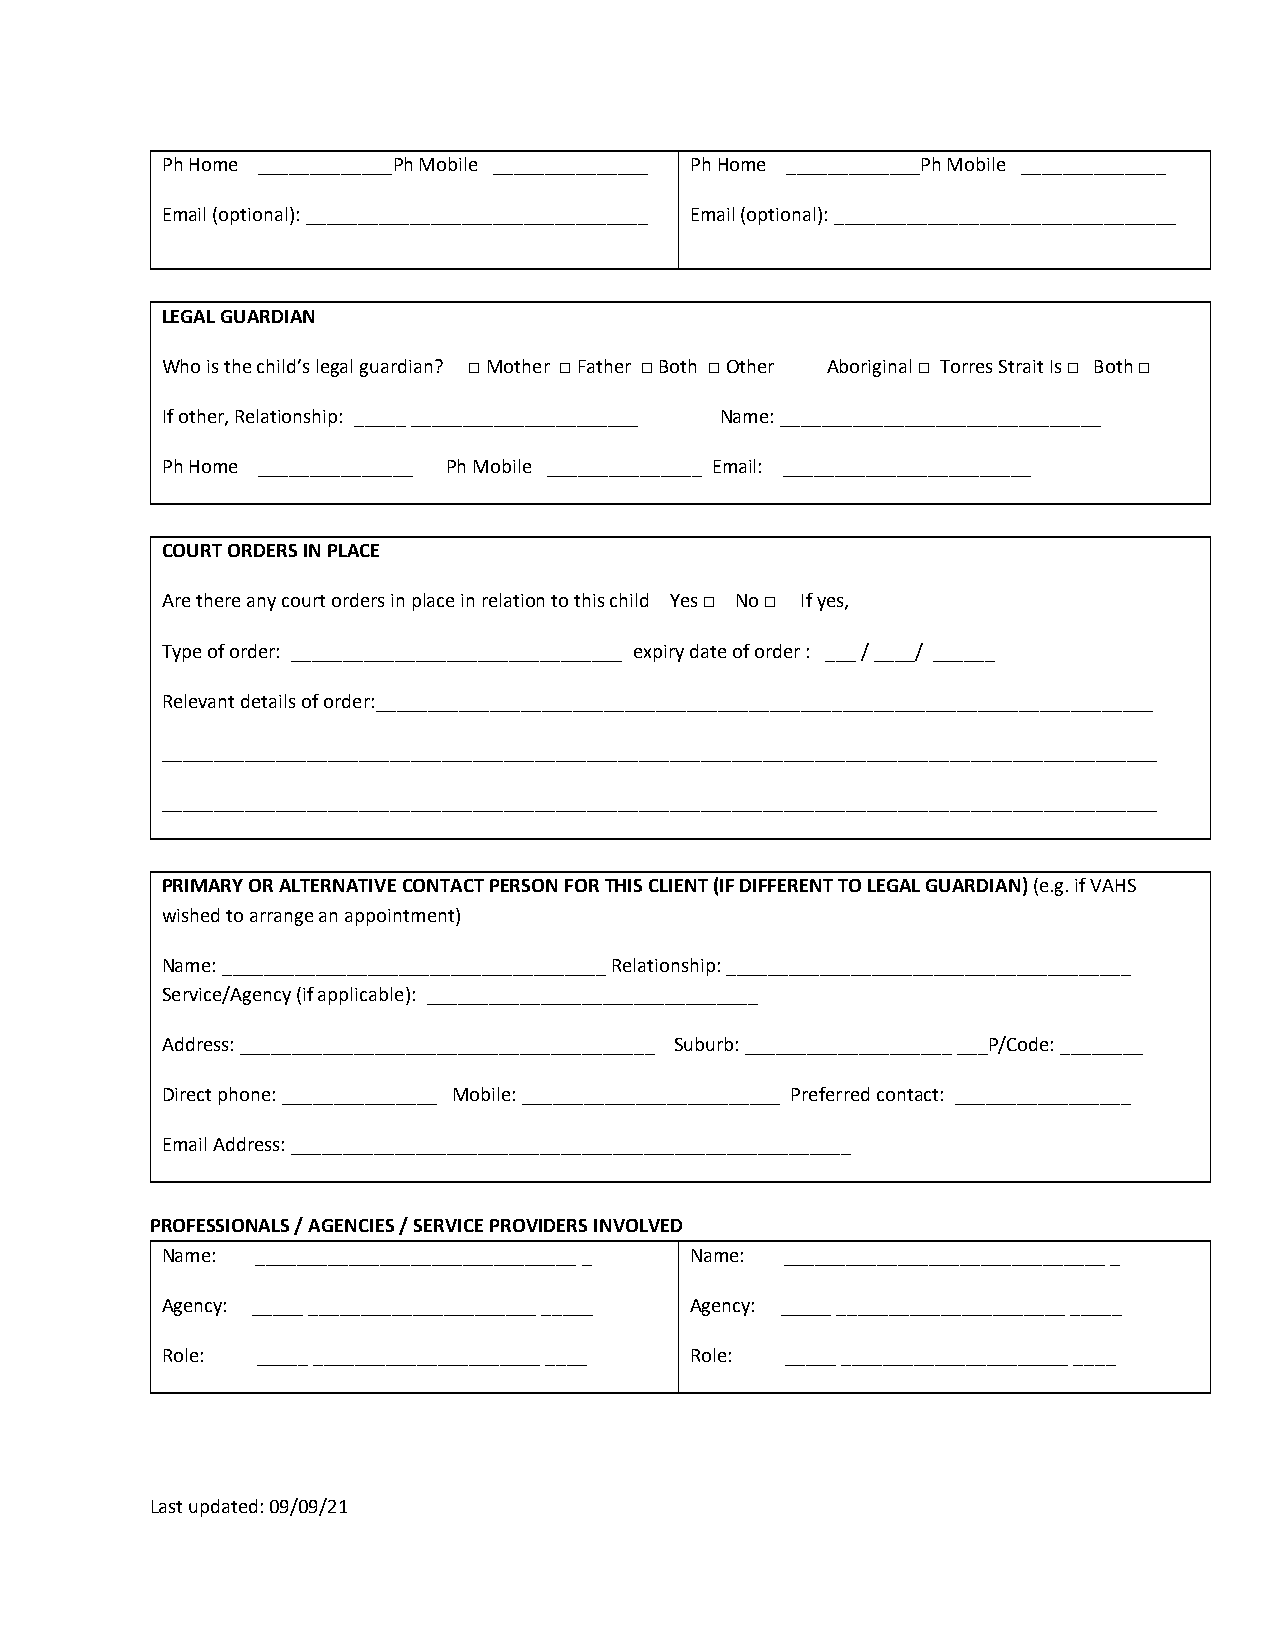
Ph Home _____________Ph Mobile _______________ Ph Home _____________Ph Mobile ______________
 Email (optional): _________________________________ Email (optional): _________________________________
 LEGAL GUARDIAN
 Who is the child’s legal guardian? □ Mother □ Father □ Both □ Other Aboriginal □ Torres Strait Is □ Both □
 If other, Relationship: _____ ______________________ Name: _______________________________
 Ph Home _______________ Ph Mobile _______________ Email: ________________________
 COURT ORDERS IN PLACE
 Are there any court orders in place in relation to this child Yes □ No □ If yes,
 Type of order: ________________________________ expiry date of order : ___ / ____/ ______
 Relevant details of order:___________________________________________________________________________
 ________________________________________________________________________________________________
 ________________________________________________________________________________________________
 PRIMARY OR ALTERNATIVE CONTACT PERSON FOR THIS CLIENT (IF DIFFERENT TO LEGAL GUARDIAN) (e.g. if VAHS
 wished to arrange an appointment)
 Name: _____________________________________ Relationship: _______________________________________
 Service/Agency (if applicable): ________________________________
 Address: ________________________________________ Suburb: ____________________ ___P/Code: ________
 Direct phone: _______________ Mobile: _________________________ Preferred contact: _________________
 Email Address: ______________________________________________________
 PROFESSIONALS / AGENCIES / SERVICE PROVIDERS INVOLVED
 Name: _______________________________ _ Name: _______________________________ _
 Agency: _____ ______________________ _____ Agency: _____ ______________________ _____
 Role: _____ ______________________ ____ Role: _____ ______________________ ____
 Last updated: 09/09/21